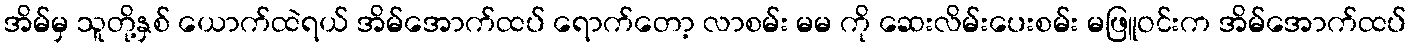
အိမ်မှ သူတို့နှစ် ယောက်ထဲရယ် အိမ်အောက်ထပ် ရောက်တော့ လာစမ်း မမ ကို ဆေးလိမ်းပေးစမ်း မဖြူဝင်းက အိမ်အောက်ထပ်